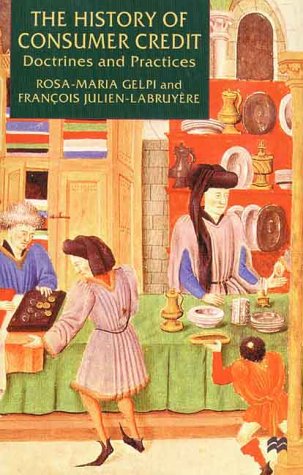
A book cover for The History of Consumer Credit: Doctrines and Practice; Rosa-Maria Gelpi; Business & Money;